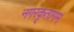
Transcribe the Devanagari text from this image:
नगरकृतागम